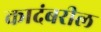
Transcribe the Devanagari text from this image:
कादंबरील